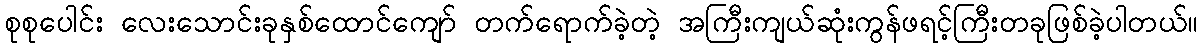
စုစုပေါင်း လေးသောင်းခုနှစ်ထောင်ကျော် တက်ရောက်ခဲ့တဲ့ အကြီးကျယ်ဆုံးကွန်ဖရင့်ကြီးတခုဖြစ်ခဲ့ပါတယ်။